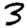
Digit: 3